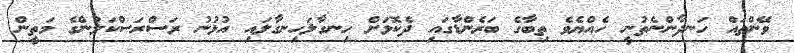
ވޭންތައް ހަނދާންނެތުނީ ހެއްޔެވެ ތިބާގެ ބަރެންޑާގައި ދެކޮޅަށް ހިނގާލަހިނގާލައި އުޅުނު ރަސްރަސްކަލުންގެ މަތީން